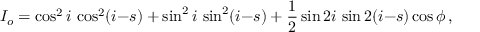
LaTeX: I _ { o } = \cos ^ { 2 } i \, \cos ^ { 2 } ( i { - } s ) + \sin ^ { 2 } i \, \sin ^ { 2 } ( i { - } s ) + { \frac { 1 } { 2 } } \sin 2 i \, \sin 2 ( i { - } s ) \cos \phi \, ,